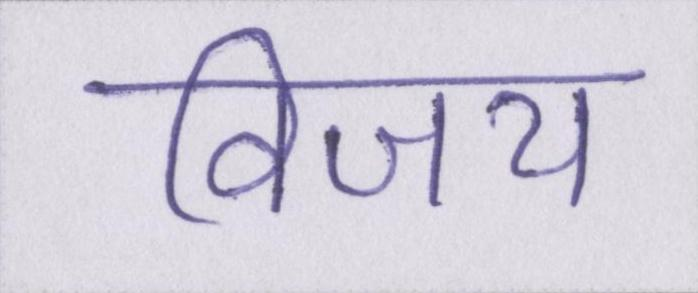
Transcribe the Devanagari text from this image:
विजय